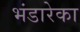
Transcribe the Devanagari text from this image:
भंडारेका